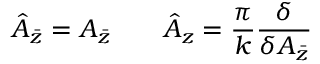
\hat { A } _ { \bar { z } } = A _ { \bar { z } } \qquad \hat { A } _ { z } = \frac { \pi } { k } \frac { \delta } { \delta A _ { \bar { z } } }